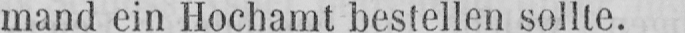
mand ein Hochamt bestellen sollte.